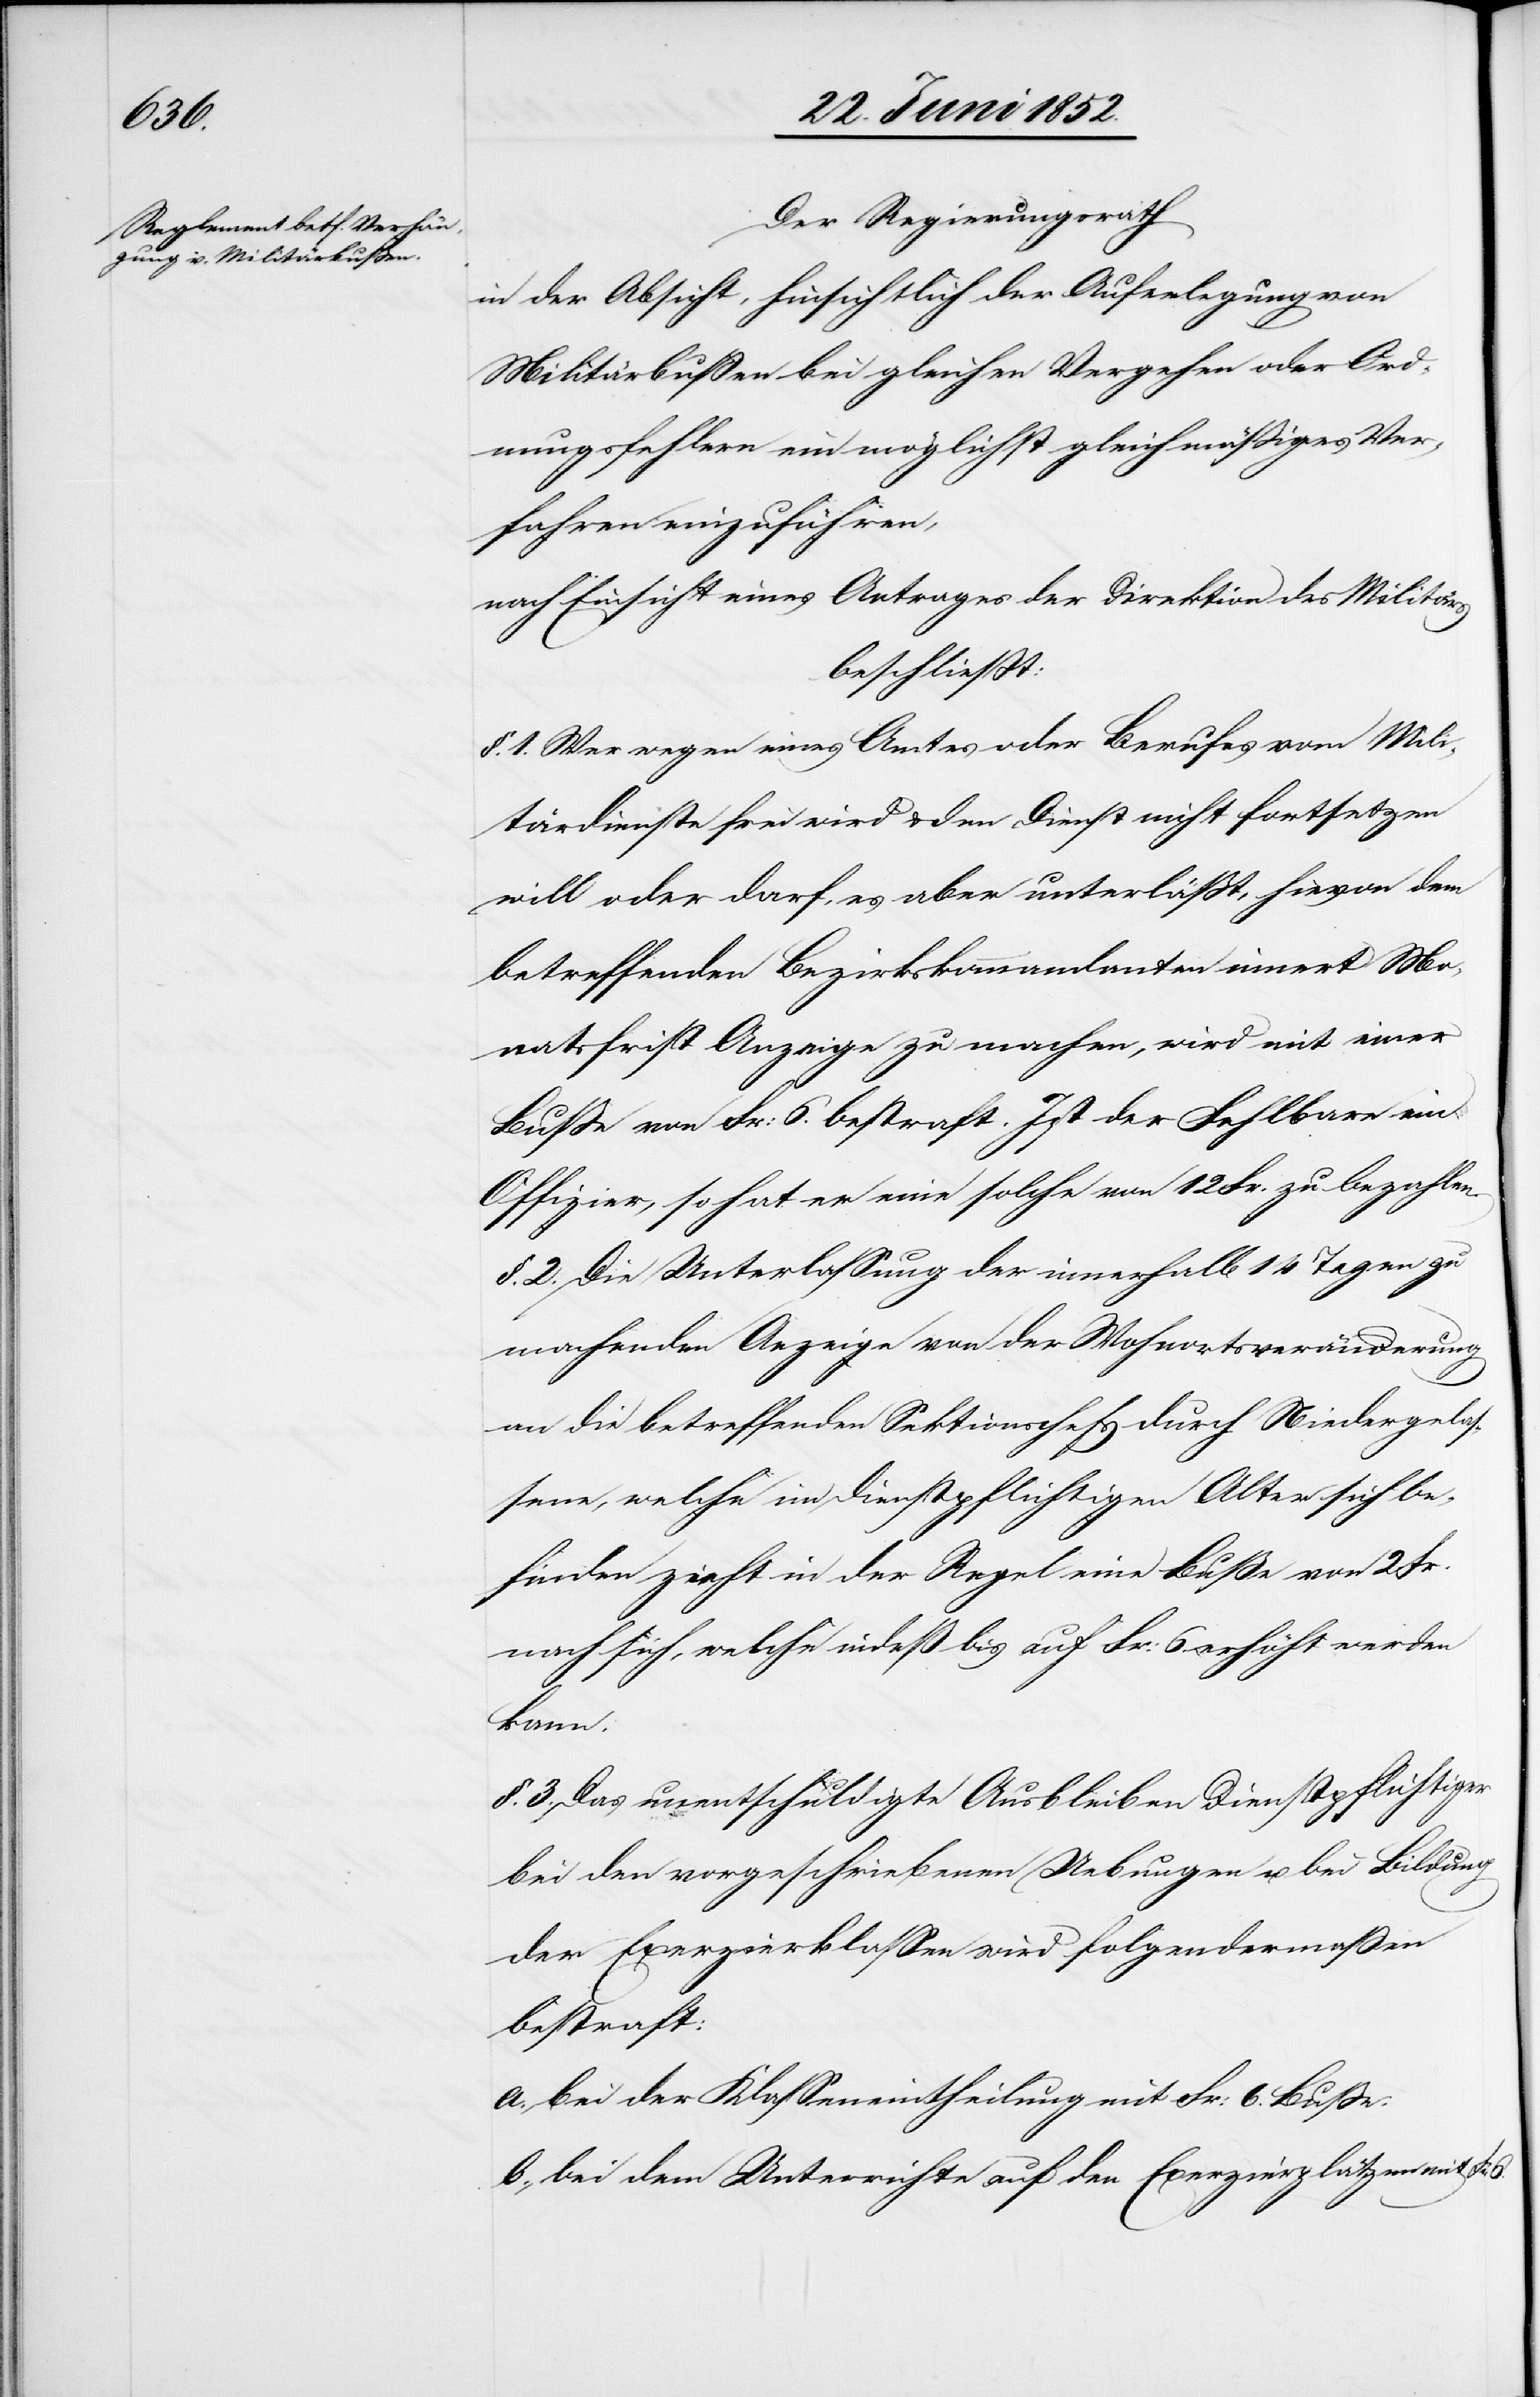
Der Regierungsrath
in der Absicht, hinsichtlich der Auferlegung von
Militärbussen bei gleichen Vergehen oder Ord¬
nungsfehlern ein möglichst gleichmäßiges Ver¬
fahren einzuführen,
nach Einsicht eines Antrages der Direktion des Militärs
beschliesst:
§. 1. Wer wegen eines Amtes oder Berufes vom Mili¬
tärdienste frei wird & den Dienst nicht fortsetzen
will oder darf, es aber unterläßt, hievon dem
betreffenden Bezirkskommandanten innert Mo¬
natsfrist Anzeige zu machen, wird mit einer
Buße von Fr: 6. bestraft. Ist der Fehlbare ein
Offizier, so hat er eine solche von 12 Fr. zu bezahlen.
§. 2. Die Unterlassung der innerhalb 14 Tagen zu
machenden Anzeige von der Wohnortsveränderung
an die betreffenden Sektionschefs durch Niedergelas¬
sene, welche im dienstpflichtigen Alter sich be¬
finden zieht in der Regel eine Buße von 2 Fr.
nach sich, welche indeß bis auf Fr: 6. erhöht werden
kann.
§. 3. Das unentschuldigte Ausbleiben Dienstpflichtiger
bei den vorgeschriebenen Uebungen u. bei Bildung
der Exerzierklassen wird folgendermassen
bestraft:
bei der Klasseneintheilung mit Fr: 6. Buße.
bei dem Unterrichte auf den Exerzierplätzen mit Fr: